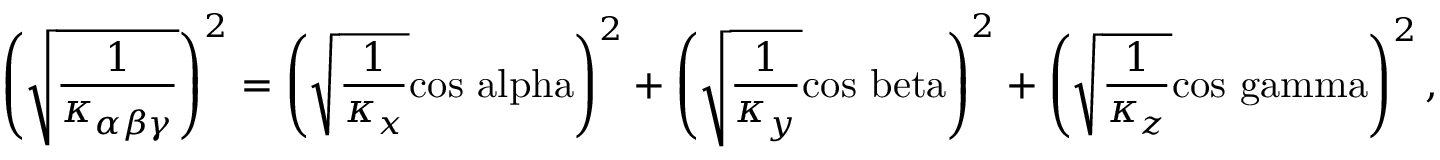
\left( \sqrt { \frac { 1 } { \kappa _ { \alpha \beta \gamma } } } \right) ^ { 2 } = \left( \sqrt { \frac { 1 } { \kappa _ { x } } } \mathrm { c o s \ a l p h a } \right) ^ { 2 } + \left( \sqrt { \frac { 1 } { \kappa _ { y } } } \mathrm { c o s \ b e t a } \right) ^ { 2 } + \left( \sqrt { \frac { 1 } { \kappa _ { z } } } \mathrm { c o s \ g a m m a } \right) ^ { 2 } ,